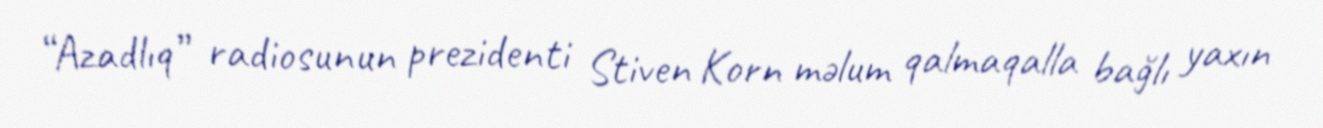
“Azadlıq” radiosunun prezidenti Stiven Korn məlum qalmaqalla bağlı yaxın